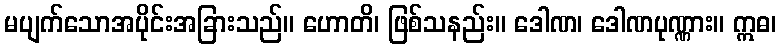
မပျက်သောအပိုင်းအခြားသည်။ ဟောတိ၊ ဖြစ်သနည်း။ ဒေါဏ၊ ဒေါဏပုဏ္ဏား။ ဣဓ၊